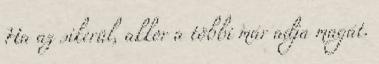
Ha az sikerül, akkor a többi már adja magát.